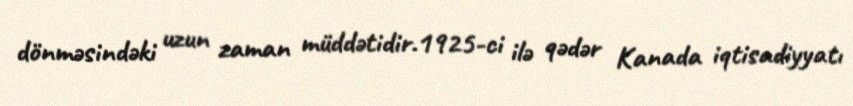
dönməsindəki uzun zaman müddətidir.1925-ci ilə qədər Kanada iqtisadiyyatı